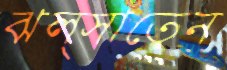
ঝল্‌সাতেন